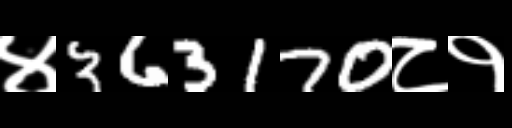
Text: ४363170८१